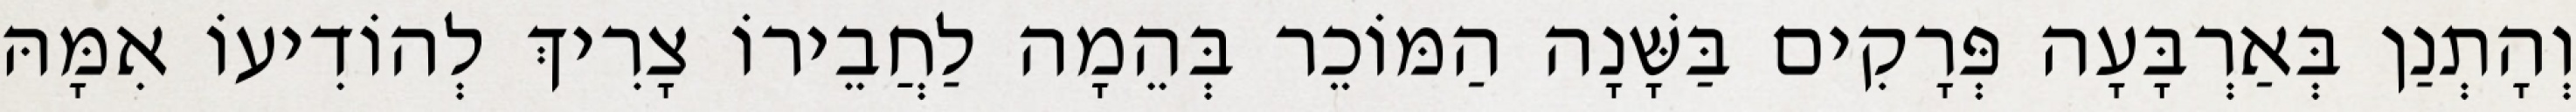
וְהָתְנַן בְּאַרְבָּעָה פְּרָקִים בַּשָּׁנָה הַמּוֹכֵר בְּהֵמָה לַחֲבֵירוֹ צָרִיךְ לְהוֹדִיעוֹ אִמָּהּ